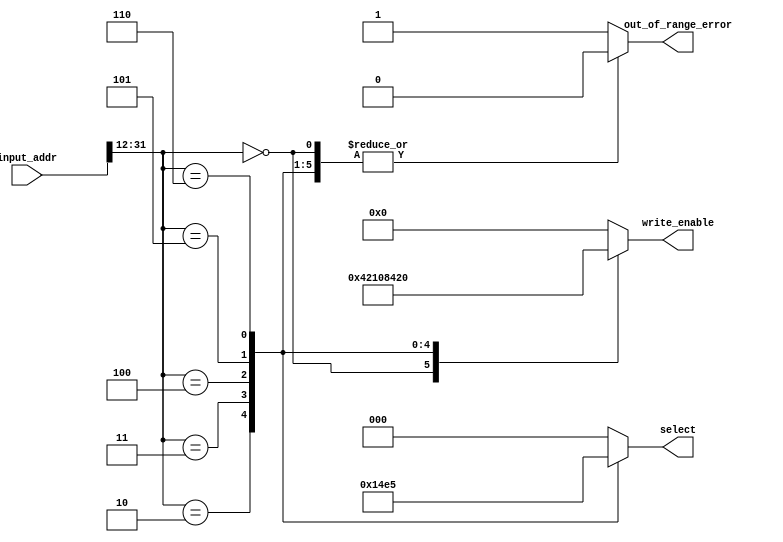
module address_map(
    input [31:0] input_addr,       ///< Memory Access Address
    
    output reg [2:0] select,       ///< Memory Device Select
    output reg [5:0] write_enable, ///< Write Access Enable
    output reg out_of_range_error  ///< Address Range Error
    );

    initial begin
        select = 3'b000;           //default address is data mem
        out_of_range_error = 1'b0; //default to no error
        write_enable = 6'b0;       //clear control signals
    end
    
    always@(*)begin
        casex(input_addr)
            // data memory address x00000000 - x00000FFF
            // dm_we = 1, select = 000
            32'h0000_0xxx: begin
                write_enable <= 6'b000001;
                select <= 3'b000;
                out_of_range_error = 1'b0; // no error
            end                
            // interrupt controller address x00002000 - x00002FFF
            // intc_we = 1, select = 001
            32'h0000_2xxx: begin
                write_enable <= 6'b000010;
                select <= 3'b001;
                out_of_range_error = 1'b0; // no error
            end              
            // factorial accelerator 0 address x00003000 - x00003FFF
            // fact0_we = 1, select = 010
            32'h0000_3xxx: begin
                write_enable <= 6'b000100;
                select <= 3'b010;
                out_of_range_error = 1'b0; // no error
            end
            // factorial accelerator 1 address x00004000 - x00004FFF
            // fact1_we = 1, select = 011
            32'h0000_4xxx: begin
                write_enable <= 6'b001000;
                select <= 3'b011;
                out_of_range_error = 1'b0; // no error
            end
            // factorial accelerator 2 address x00005000 - x00005FFF
            // fact2_we = 1, select = 100
            32'h0000_5xxx: begin
                write_enable <= 6'b010000;
                select <= 3'b100;
                out_of_range_error = 1'b0; // no error
            end
            // factorial accelerator 3 address x00006000 - x00006FFF
            // fact3_we = 1, select = 101
            32'h0000_6xxx: begin
                write_enable <= 6'b100000;
                select <= 3'b101;
                out_of_range_error = 1'b0; // no error
            end  
            default: begin
                write_enable <= 6'b000000;
                select <= 3'b000;
                out_of_range_error = 1'b1;         
            end    
        endcase
    end    
endmodule